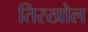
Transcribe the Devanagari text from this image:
तिरखोल